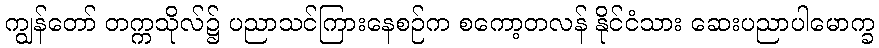
ကျွန်တော် တက္ကသိုလ်၌ ပညာသင်ကြားနေစဉ်က စကော့တလန် နိုင်ငံသား ဆေးပညာပါမောက္ခ